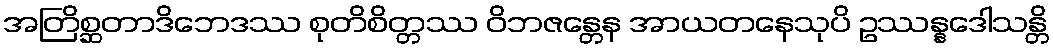
အတြိစ္ဆတာဒိဘေဒဿ စုတိစိတ္တဿ ဝိဘဇန္တေန အာယတနေသုပိ ဥဿန္နဒေါသန္တိ